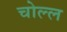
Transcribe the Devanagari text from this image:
चोल्ल